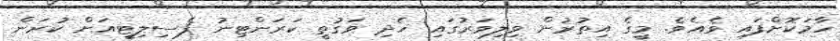
ހާމަކޮށްފައި ވެއެވެ. މީގެ އިތުރުން ވިލިވަރުގައި ހެދި ވަގުތީ ކަރަންޓިނު ފެސިލިޓީއަށް ކުރަން